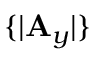
\{ | \mathbf { A } _ { y } | \}